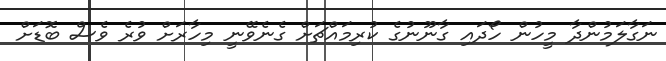
ނަގާލަމުންދާ މީހުން ހޯދައި ގާނޫނުގެ ކުރިމައްޗަށް ގެނެވޭނީ މިހާރަށް ވުރެ ވެސް ބޮޑަށް